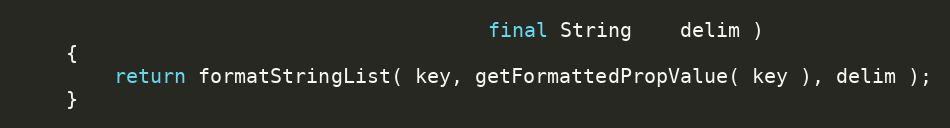
Language: Java
                                       final String    delim )
    {
        return formatStringList( key, getFormattedPropValue( key ), delim );
    }